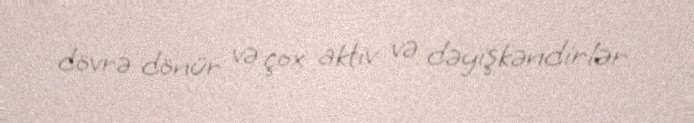
dövrə dönür və çox aktiv və dəyişkəndirlər.